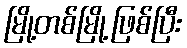
မြို့တစ်မြို့ဖြစ်ပြီး